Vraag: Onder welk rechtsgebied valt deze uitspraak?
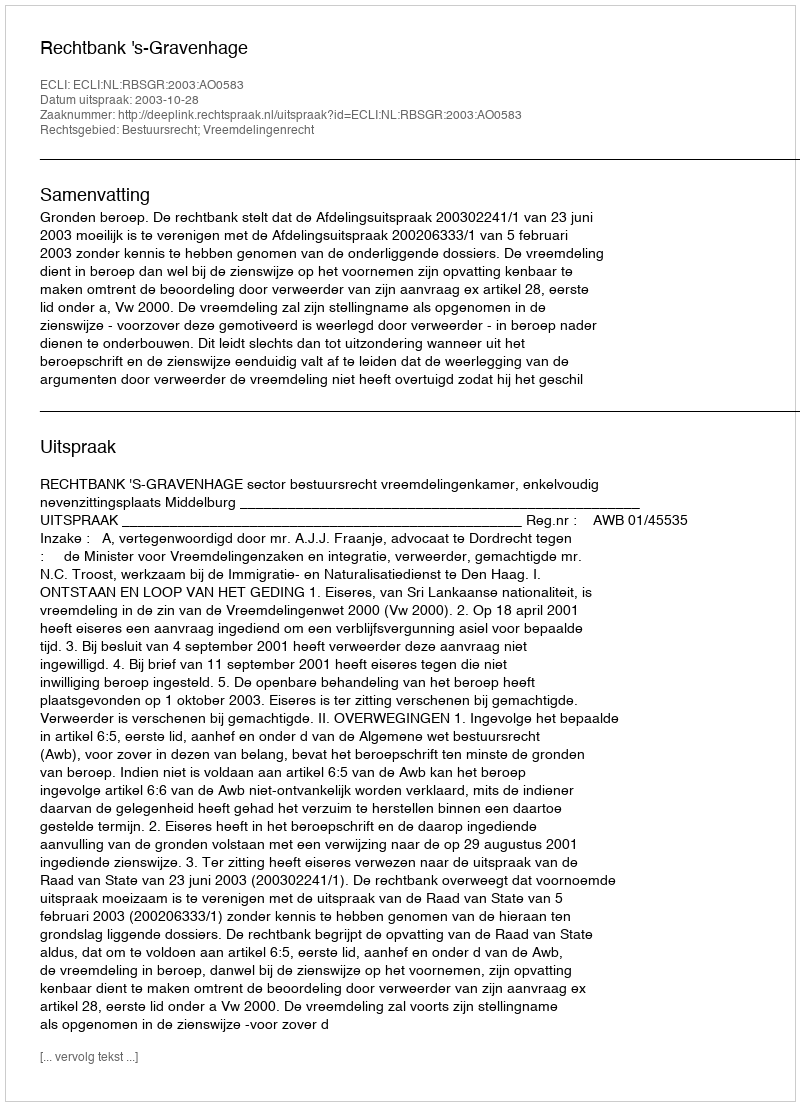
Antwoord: Bestuursrecht; Vreemdelingenrecht